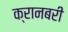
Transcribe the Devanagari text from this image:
क्रानबरी